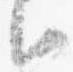
臣